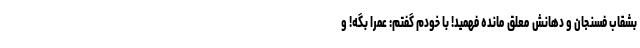
بشقاب فسنجان و دهانش معلق مانده فهمید! با خودم گفتم: عمراً بگه! و